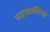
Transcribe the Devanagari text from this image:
सहस्रार्घमिळो